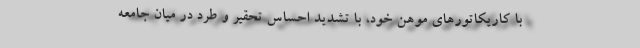
با کاریکاتورهای موهن خود، با تشدید احساس تحقیر و طرد در میان جامعه